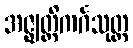
အဇ္ဈတ္တိကင်္ဂသုတ္တ